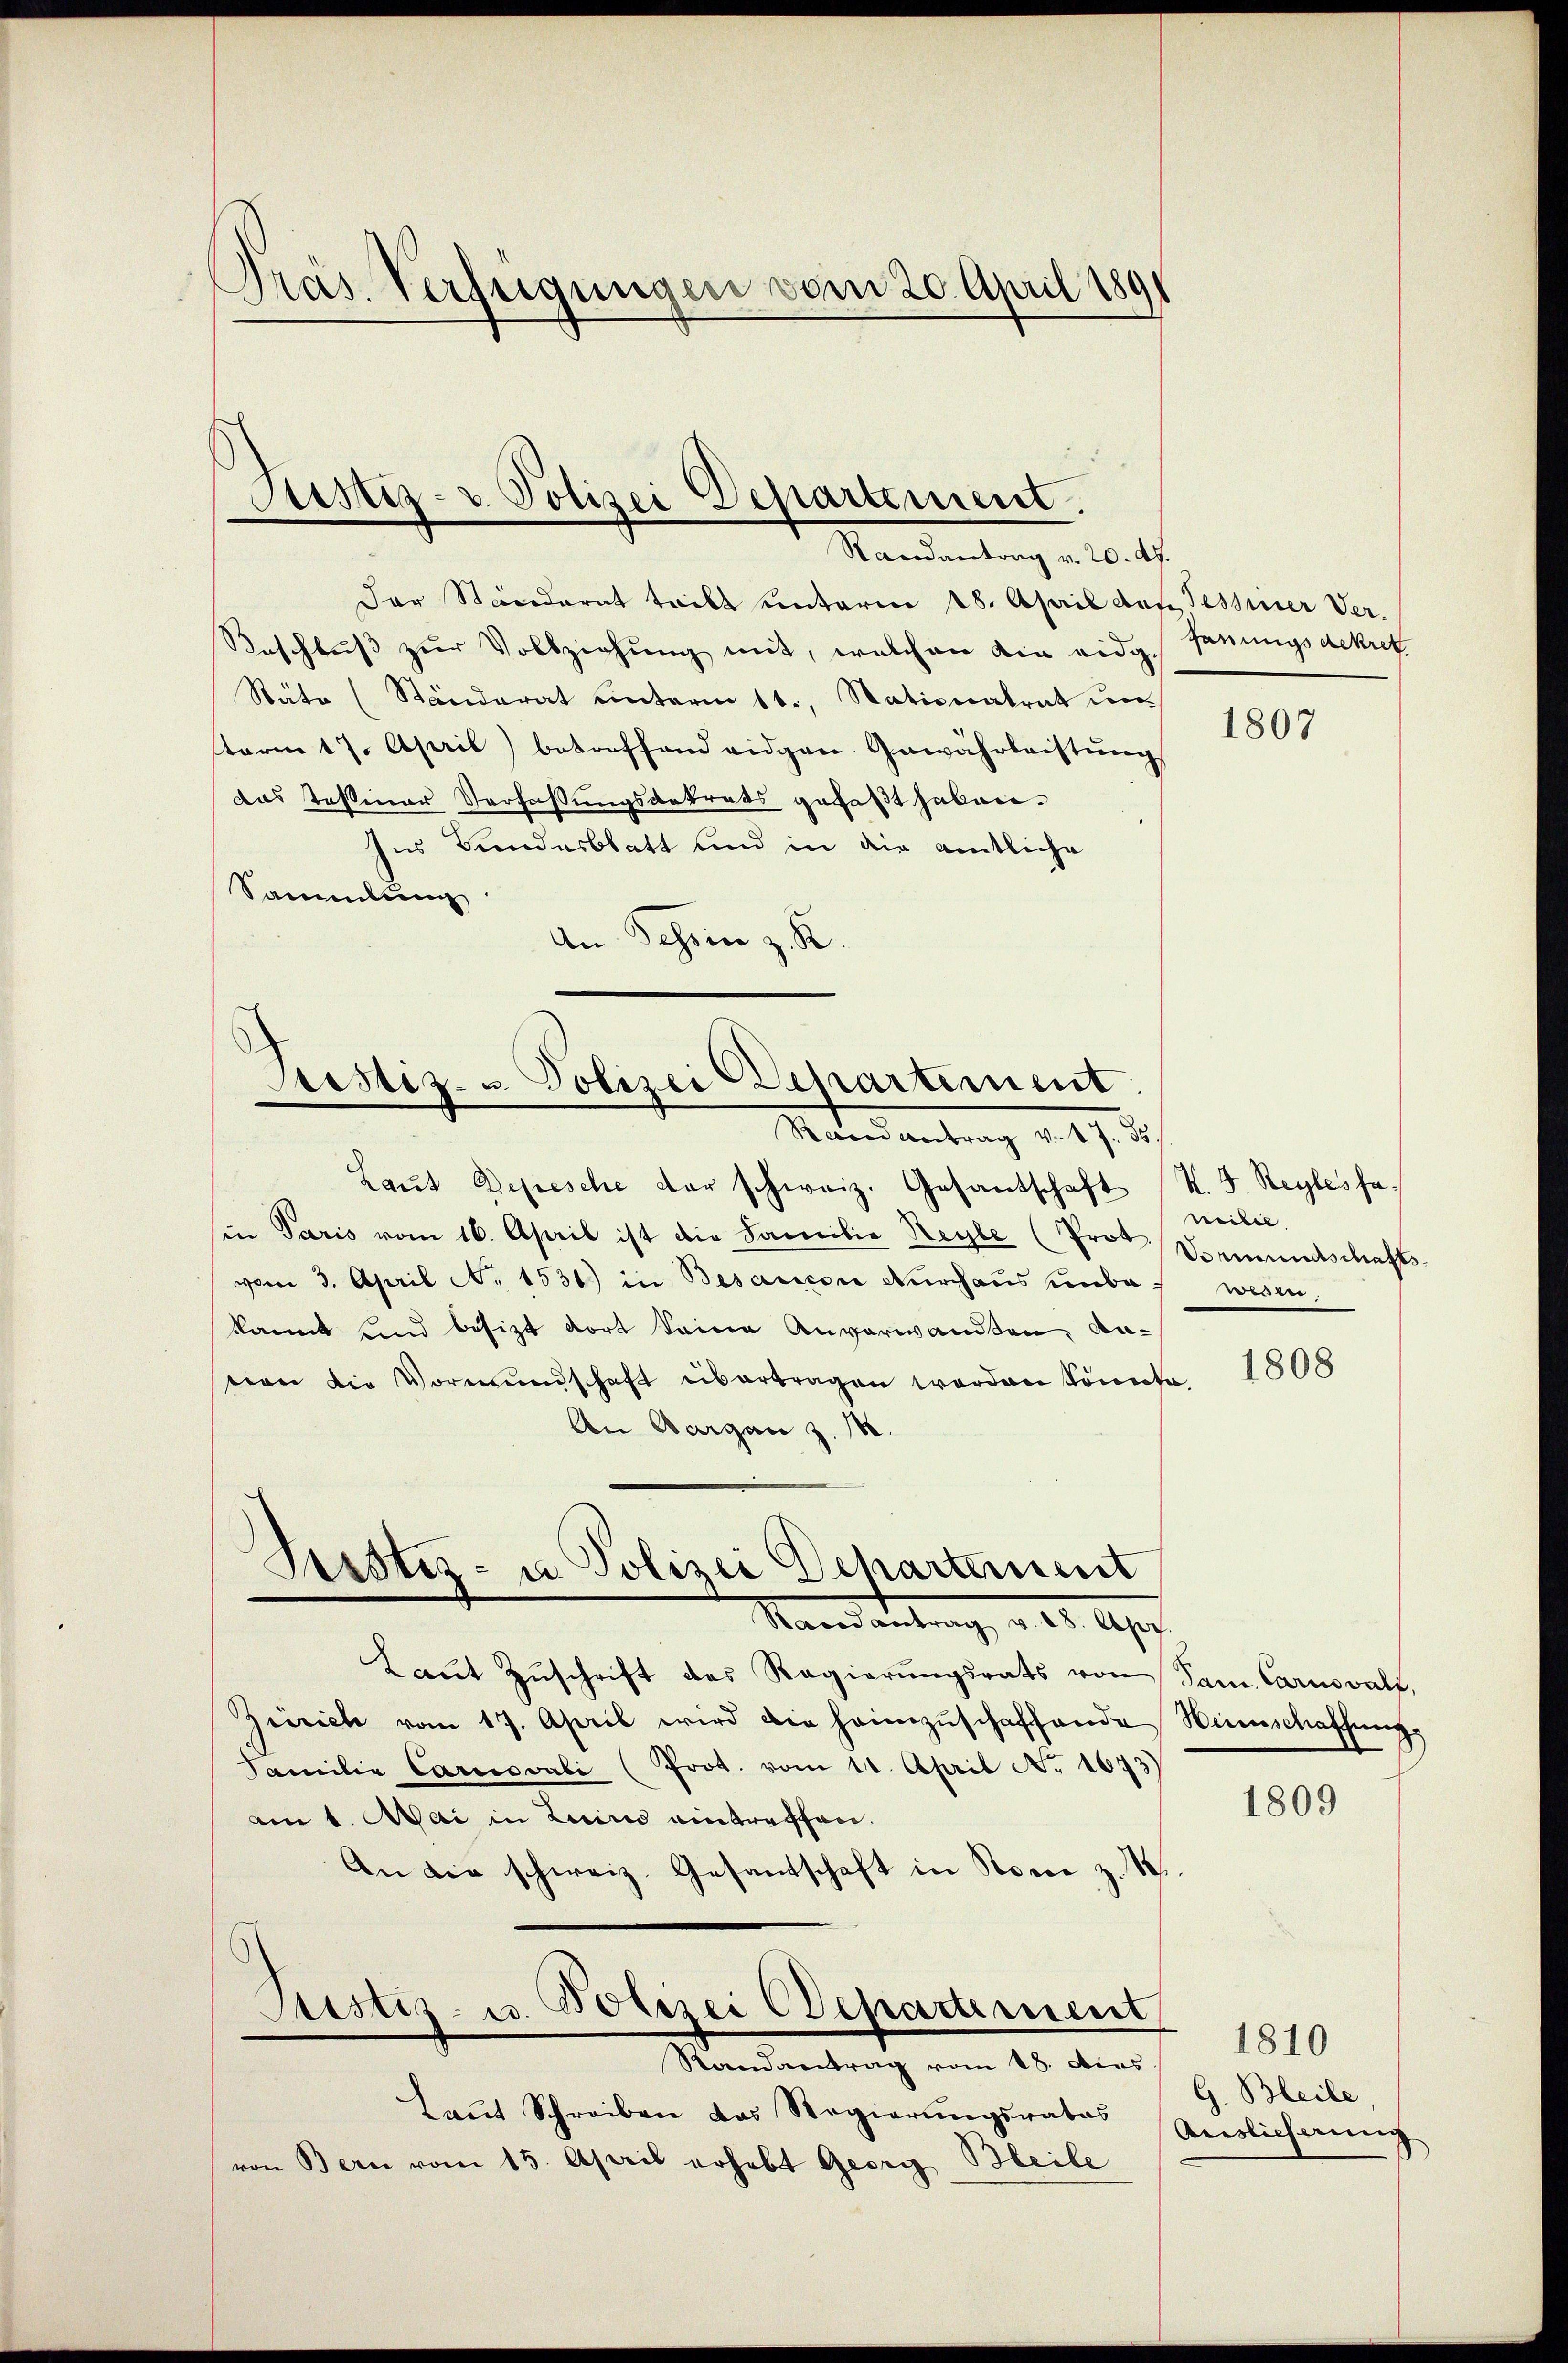
Präs. Verfügungen vom 20. April 189

Justiz- u. Polizei Departement.
Randantrag v. 20. d.

Justiz- u. Polizei Departement

Justiz- u Polizei Departement
Raood antrag v. 28. Apr

Der Stäcederat teilt unterm 18. April den Tessier Ver¬
Beschluß zur Vollziehung mit, welchen die eidg¬
Stäte (Ständerat unterm 11., Nationalrat unterm 17. April) betreffend eidgen. Gewährleistŭng
das Teßiner Verfassungsdekrets gefaßt haben.
Ins Bundesblatt und in die amtliche
Sammlung
An Tessin z. R.

Rand antrag v. 17. ds.
Laut Depesche der schweiz. Gesantschaft
in Paris vom 16. April ist die Familie Regle (Prot. Vormundschafts-
vom 3. April N. 1536) in Besaucon Durchaus unbekannt und besitzt dort seine Anverwandten, Anvon die Vormundschaft übertragen worden könnte.
An Aargau z. 18.
Laŭt Zŭschrift des Regierŭngsrats von Sam Carnowalz,
Zürich vom 17. April wird die heimzŭschaffende Heimschaffung,
Familie Carenovati (Prot. vom 11. April No 1873
am 1. Mai in Luino eintreffen.
An die schweiz. Gesandschaft in Romie z. B.
Bestiz- u. Polizei Departement
Randantrag vom 18. dies
Laŭt Schreiben das Regierŭngsrates Auslichnŭng
von Bern vom 15. April erhebt Georg Beile

Ganungsdekret

1807

k. J. Regles fa
milie
wesen.

1808

1809

G. Bleibe,

1810